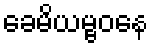
ခေမိယမ္ဗဝနေ